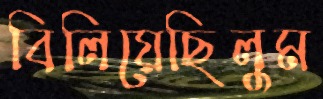
বিলিয়েছিলুম